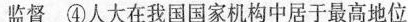
监督 ④人大在我国国家机构中居于最高地位